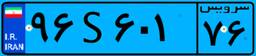
۴۳S۳۹۵۳۵